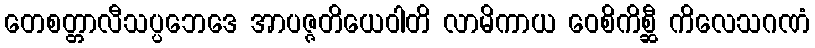
တေစတ္တာလီသပ္ပဘေဒေ အာပဇ္ဇတိယေဝါတိ လာမိကာယ ဝေစိကိစ္ဆီ ကိလေသဂဏံ